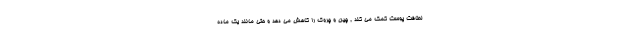
لطافت پوست کمک می کند , چین و چروک را کاهش می دهد و حتی مانند یک ماده